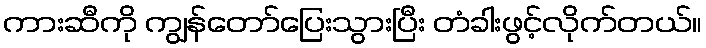
ကားဆီကို ကျွန်တော်ပြေးသွားပြီး တံခါးဖွင့်လိုက်တယ်။